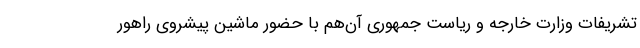
تشریفات وزارت خارجه و ریاست جمهوری آن‌هم با حضور ماشین پیشروی راهور